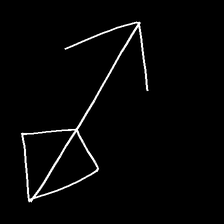
Glyph: focus